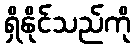
ရှိနိုင်သည်ကို